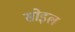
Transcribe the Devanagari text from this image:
सोइल